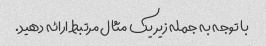
با توجه به جمله زیر یک مثال مرتبط ارائه دهید.